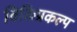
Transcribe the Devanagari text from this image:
विकिप्रकल्प